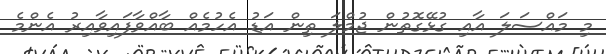
މި މައްސަލަ އާއި ގުޅޭގޮތުން ޖުމްލަ ތިން އަޑު އެހުމެއް ބާއްވާފައިވާއިރު އެންމެ